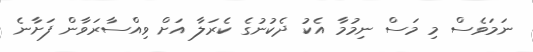
ނަމަވެސް މި މަސް ނިމުމާ އެކު ދެކުނުގެ ކެރަލާ އަށް ވިއްސާރަވާން ފަށާނެ